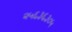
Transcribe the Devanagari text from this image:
२५६३६३०५